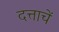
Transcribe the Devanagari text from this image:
दत्ताचें